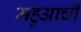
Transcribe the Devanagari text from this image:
महुआची